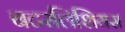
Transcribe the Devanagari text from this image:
बटरलिशियस